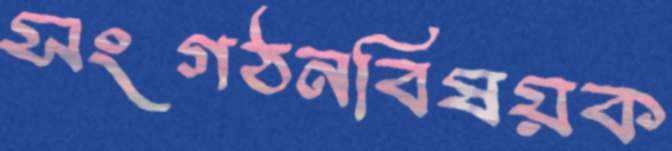
সংগঠনবিষয়ক